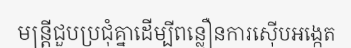
មន្ត្រីជួបប្រជុំគ្នាដើម្បីពន្លឿនការស៊ើបអង្កេត